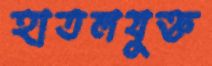
হাতলযুক্ত